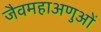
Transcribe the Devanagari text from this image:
जैवमहाअणुओं